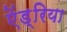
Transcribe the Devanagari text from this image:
ऐंड्रिया